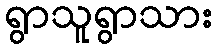
ရွာသူရွာသား